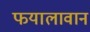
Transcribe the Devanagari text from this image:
फयालावान